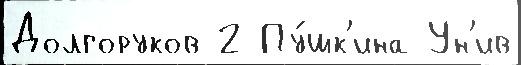
Долгоруков 2 Пу́шк'ина Ун'ив